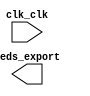

module NIOS_II_Core (
	clk_clk,
	leds_export);	

	input		clk_clk;
	output	[1:0]	leds_export;
endmodule